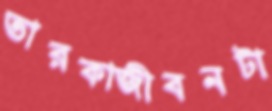
তারকাজীবনটা